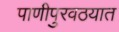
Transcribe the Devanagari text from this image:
पाणीपुरवठयात